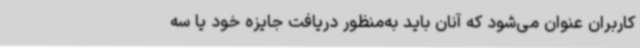
کاربران عنوان می‌شود که آنان باید به‌منظور دریافت جایزه خود یا سه